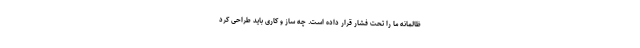
ظالمانه ما را تحت فشار قرار داده است. چه ساز و کاری باید طراحی کرد